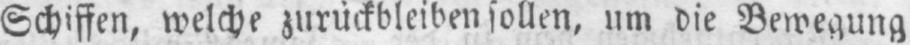
Schiffen, welche zurückbleiben sollen, um die Bewegung